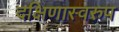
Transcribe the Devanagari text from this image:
दक्षिणास्वरुप